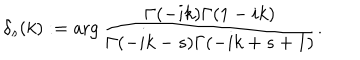
\delta _ { s } ( k ) : = \arg \frac { \Gamma ( - i k ) \Gamma ( 1 - i k ) } { \Gamma ( - i k - s ) \Gamma ( - i k + s + 1 ) } .